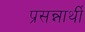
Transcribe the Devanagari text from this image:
प्रसन्नार्थी